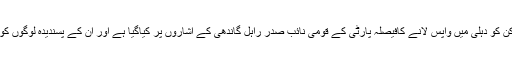
کہاجارہا ہے کہ اجے ماکن کو دہلی میں واپس لانے کافیصلہ پارٹی کے قومی نائب صدر راہل گاندھی کے اشاروں پر کیاگیا ہے اور ان کے پسندیدہ لوگوں کو بڑی ذمہ داریاں دی ہیں۔